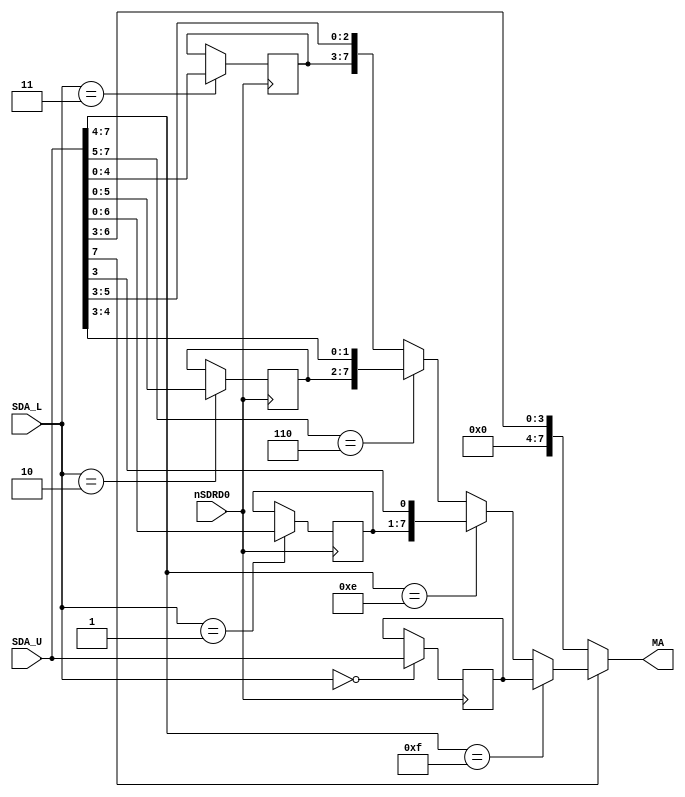
//============================================================================
//  SNK NeoGeo for MiSTer
//
//  Copyright (C) 2018 Sean 'Furrtek' Gonsalves
//
//  This program is free software; you can redistribute it and/or modify it
//  under the terms of the GNU General Public License as published by the Free
//  Software Foundation; either version 2 of the License, or (at your option)
//  any later version.
//
//  This program is distributed in the hope that it will be useful, but WITHOUT
//  ANY WARRANTY; without even the implied warranty of MERCHANTABILITY or
//  FITNESS FOR A PARTICULAR PURPOSE.  See the GNU General Public License for
//  more details.
//
//  You should have received a copy of the GNU General Public License along
//  with this program; if not, write to the Free Software Foundation, Inc.,
//  51 Franklin Street, Fifth Floor, Boston, MA 02110-1301 USA.
//============================================================================

module zmc(
	input nSDRD0,
	input [1:0] SDA_L,
	input [15:8] SDA_U,
	output [18:11] MA
);

	//      Z80         ROM          Region	Reg
	// 1E = F000~F7FF = F000~F7FF		1111		(0)
	// 0E = E000~EFFF = E000~EFFF		1110		(1)
	// 06 = C000~DFFF = C000~DFFF		110x		(2)
	// 02 = 8000~BFFF = 8000~BFFF		10xx		(3)

	reg [7:0] WINDOW_0;
	reg [6:0] WINDOW_1;
	reg [5:0] WINDOW_2;
	reg [4:0] WINDOW_3;
	
	assign MA = (~SDA_U[15]) ? {3'b000, SDA_U[15:11]} :     		// Pass-through
			(SDA_U[15:12] == 4'b1111) ? WINDOW_0 :						// F000~F7FF
			(SDA_U[15:12] == 4'b1110) ? {WINDOW_1, SDA_U[11]} :	// E000~EFFF
			(SDA_U[15:13] == 3'b110) ? {WINDOW_2, SDA_U[12:11]} :	// C000~DFFF
			{WINDOW_3, SDA_U[13:11]};										// 8000~BFFF
	
	always @(posedge nSDRD0)
	begin
		case (SDA_L)
			0: WINDOW_0 <= SDA_U[15:8];
			1: WINDOW_1 <= SDA_U[14:8];
			2: WINDOW_2 <= SDA_U[13:8];
			3: WINDOW_3 <= SDA_U[12:8];
		endcase
	end
	
endmodule